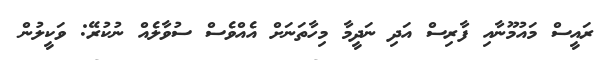
ރައީސް މައުމޫނާއި ފާރިސް އަދި ނަދީމާ މިހާތަނަށް އެއްވެސް ސުވާލެއް ނުކުރޭ: ވަކީލުން